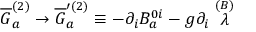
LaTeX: \overline { { { G } } } _ { a } ^ { ( 2 ) } \rightarrow \overline { { { G } } } _ { a } ^ { \prime ( 2 ) } \equiv - \partial _ { i } B _ { a } ^ { 0 i } - g \partial _ { i } \stackrel { ( B ) } { \lambda }